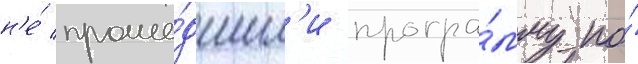
н'е́ проше́дшим'и програ́мму по́